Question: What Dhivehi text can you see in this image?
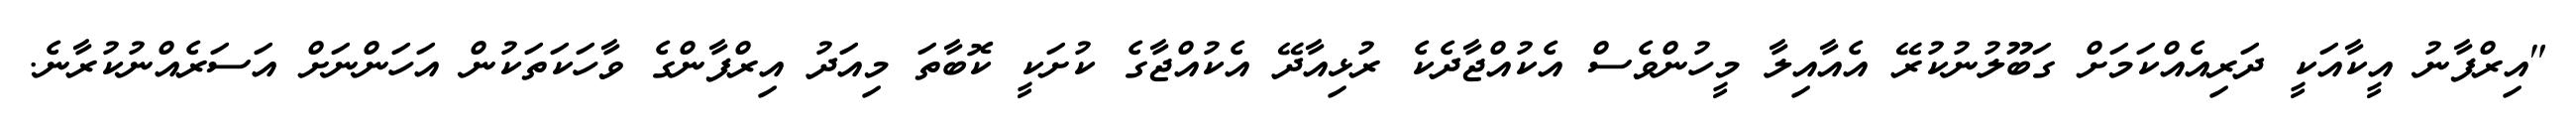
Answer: "އިރްފާނު އީކާއަކީ ދަރިއެއްކަމަށް ގަބޫލުނުކުރޭ އެއާއިލާ މީހުންވެސް އެކުއްޖާދެކެ ރުޅިއާދޭ އެކުއްޖާގެ ކުށަކީ ކޮބާތަ މިއަދު އިރްފާންގެ ވާހަކަތަކުން އަހަންނަށް އަސަރެއްނުކުރާނެ.